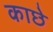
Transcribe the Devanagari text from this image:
काछे